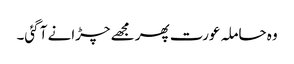
وہ حاملہ عورت پھر مجھے چڑانے آ گئی۔